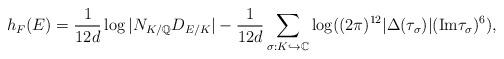
LaTeX: \begin{align*}h_F(E)={1\over12d}\log|N_{K/\mathbb{Q}}D_{E/K}|-{1\over12d}\sum_{\sigma:K\hookrightarrow \mathbb{C}}\log((2\pi)^{12}|\Delta(\tau_\sigma)|(\mathrm{Im}\tau_\sigma)^6),\end{align*}